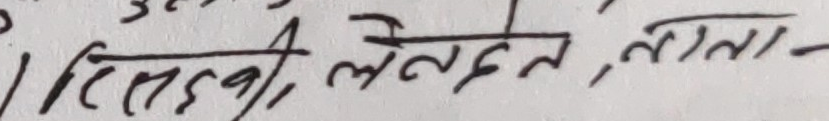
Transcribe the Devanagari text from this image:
तिसहकी, लेनदेन, नाना-